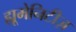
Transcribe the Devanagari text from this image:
ह्यूमेनिटीज़